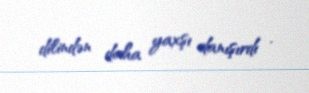
dilindən daha yaxşı danışırdı .